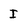
Character: I